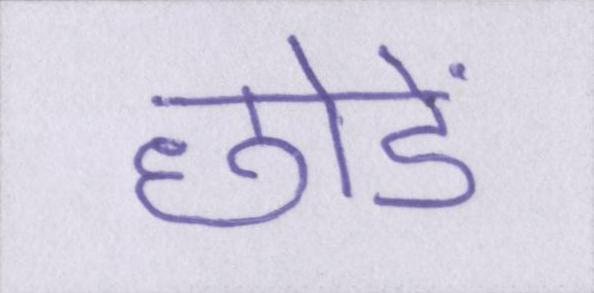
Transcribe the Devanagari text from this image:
छोडें